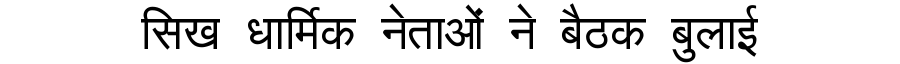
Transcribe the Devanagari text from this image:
सिख धार्मिक नेताओं ने बैठक बुलाई